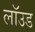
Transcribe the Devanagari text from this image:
लॉउड